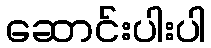
ဆောင်းပါးပါ